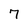
Character: 7